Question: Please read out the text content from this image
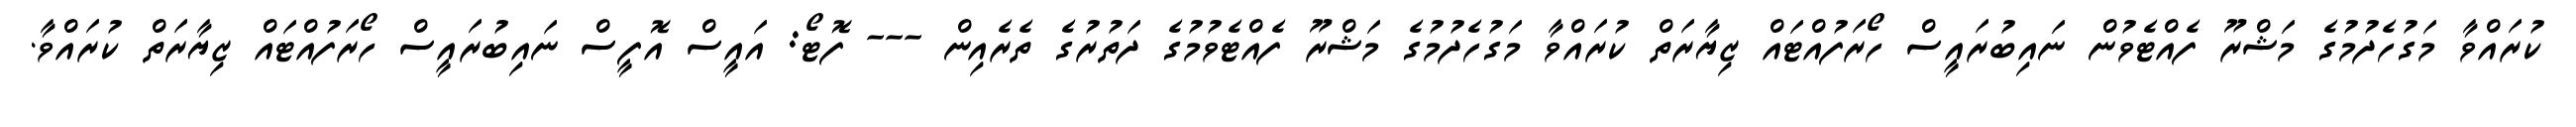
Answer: ކުރައްވާ މަގުހެދުމުގެ މަޝްރޫ ފެއްޓެވުން ނައިބުރައީސް ހޯރަފުއްޓައް ޒިޔާރަތް ކުރައްވާ މަގުހެދުމުގެ މަޝްރޫ ފެއްޓެވުމުގެ ދަތުރުގެ ތެރެއިން --- ފޮޓޯ: އައީސް އޮފީސް ނައިބުރައީސް ހޯރަފުއްޓައް ޒިޔާރަތް ކުރައްވާ.